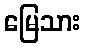
မြေသား